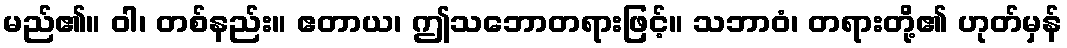
မည်၏။ ဝါ၊ တစ်နည်း။ ဧတာယ၊ ဤသဘောတရားဖြင့်။ သဘာဝံ၊ တရားတို့၏ ဟုတ်မှန်